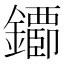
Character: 䥮